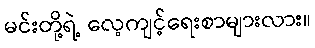
မင်းတို့ရဲ့ လေ့ကျင့်ရေးစာများလား။